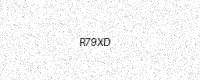
Text: R79XD